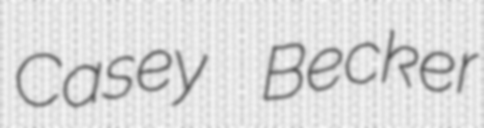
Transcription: Casey Becker